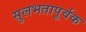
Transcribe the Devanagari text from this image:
सुलभतापूर्वक